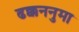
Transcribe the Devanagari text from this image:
ढक्कननुमा